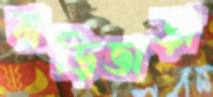
বাড়িভাড়া